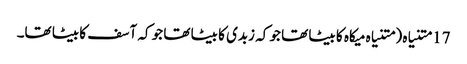
17 متنیاہ ( متنیاہ میکاہ کا بیٹا تھا جو کہ زبدی کا بیٹا تھا جو کہ آسف کا بیٹا تھا۔